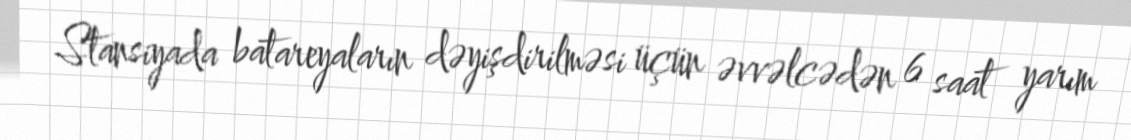
Stansiyada batareyaların dəyişdirilməsi üçün əvvəlcədən 6 saat yarım